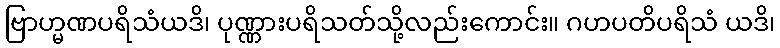
ဗြာဟ္မဏပရိသံယဒိ၊ ပုဏ္ဏားပရိသတ်သို့လည်းကောင်း။ ဂဟပတိပရိသံ ယဒိ၊